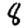
Digit: 8